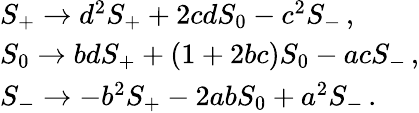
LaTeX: \begin{array}{l}{{S_{+}\rightarrow d^{2}S_{+}+2cdS_{0}-c^{2}S_{-}\, ,}}\\ {{S_{0}\rightarrow bdS_{+}+(1+2bc)S_{0}-acS_{-}\, ,}}\\ {{S_{-}\rightarrow-b^{2}S_{+}-2abS_{0}+a^{2}S_{-}\, .}}\end{array}